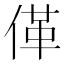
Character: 𱎼